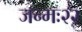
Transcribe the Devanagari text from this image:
जन्मः२२